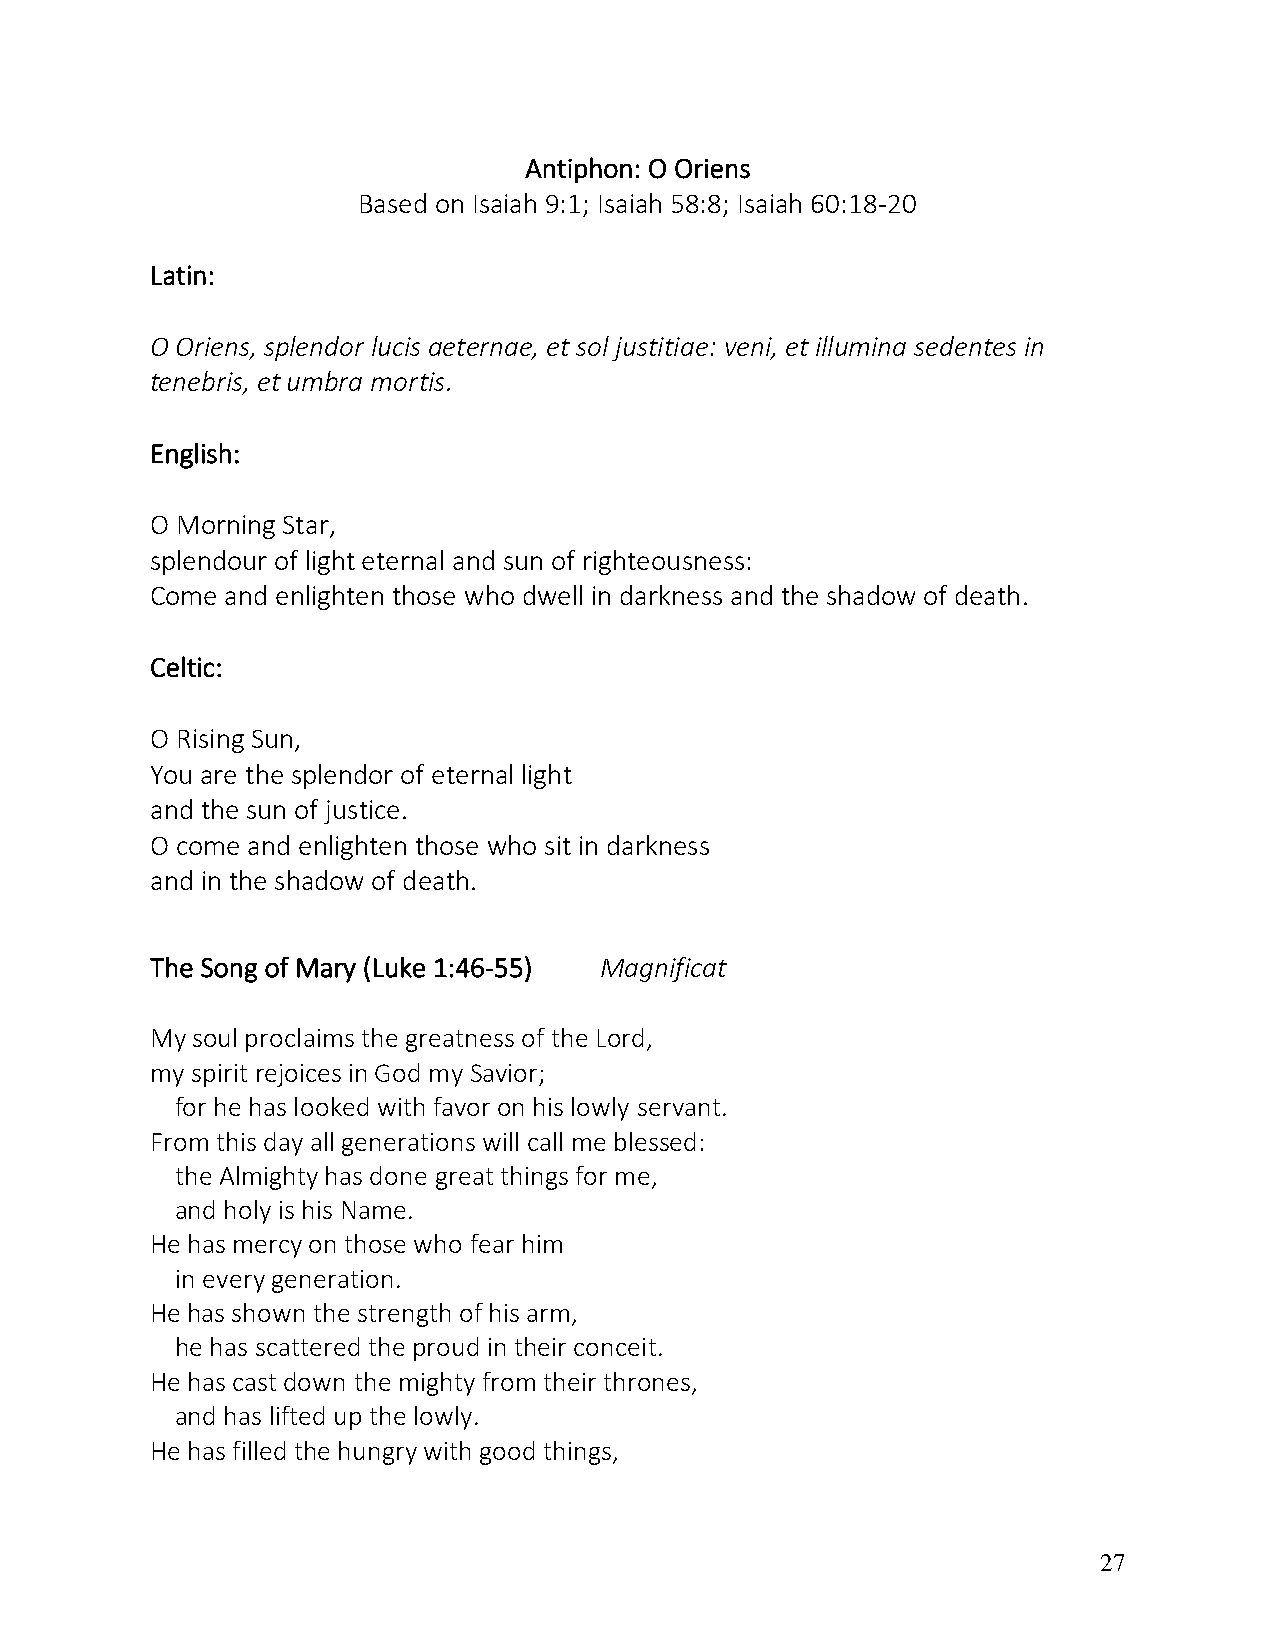
Antiphon: O Oriens
 Based on Isaiah 9:1; Isaiah 58:8; Isaiah 60:18-20
 Latin:
 O Oriens, splendor lucis aeternae, et sol justitiae: veni, et illumina sedentes in
 tenebris, et umbra mortis.
 English:
 O Morning Star,
 splendour of light eternal and sun of righteousness:
 Come and enlighten those who dwell in darkness and the shadow of death.
 Celtic:
 O Rising Sun,
 You are the splendor of eternal light
 and the sun of justice.
 O come and enlighten those who sit in darkness
 and in the shadow of death.
 The Song of Mary (Luke 1:46-55) Magnificat
 My soul proclaims the greatness of the Lord,
 my spirit rejoices in God my Savior;
 for he has looked with favor on his lowly servant.
 From this day all generations will call me blessed:
 the Almighty has done great things for me,
 and holy is his Name.
 He has mercy on those who fear him
 in every generation.
 He has shown the strength of his arm,
 he has scattered the proud in their conceit.
 He has cast down the mighty from their thrones,
 and has lifted up the lowly.
 He has filled the hungry with good things,
 27